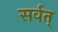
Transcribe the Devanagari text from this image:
सर्वत्